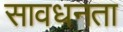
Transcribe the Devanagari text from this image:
सावधनता